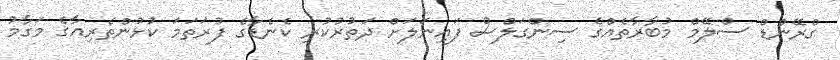
ގްރޭންޑް ސްލޭމް މުބާރާތެއްގެ ސިންގަލްސް ފައިނަލަށް ދަތުރުކުރި ކެނެޑާގެ ފުރަތަމަ ކުޅުންތެރިއާގެ މަގާމު